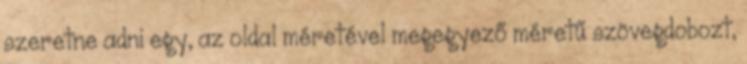
szeretne adni egy, az oldal méretével megegyező méretű szövegdobozt,